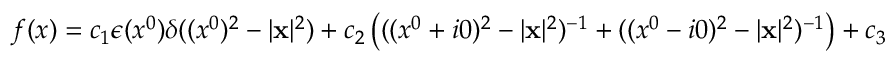
f ( x ) = c _ { 1 } \epsilon ( x ^ { 0 } ) \delta ( ( x ^ { 0 } ) ^ { 2 } - | { \bf x } | ^ { 2 } ) + c _ { 2 } \left( ( ( x ^ { 0 } + i 0 ) ^ { 2 } - | { \bf x } | ^ { 2 } ) ^ { - 1 } + ( ( x ^ { 0 } - i 0 ) ^ { 2 } - | { \bf x } | ^ { 2 } ) ^ { - 1 } \right) + c _ { 3 }